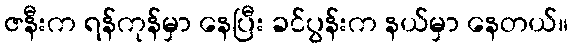
ဇနီးက ရန်ကုန်မှာ နေပြီး ခင်ပွန်းက နယ်မှာ နေတယ်။